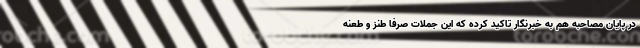
در پایان مصاحبه هم به خبرنگار تاکید کرده که این جملات صرفا طنز و طعنه